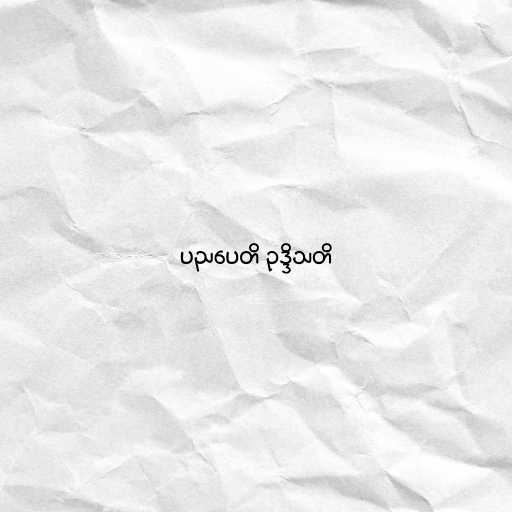
ပညပေတိ ဥဒ္ဒိသတိ